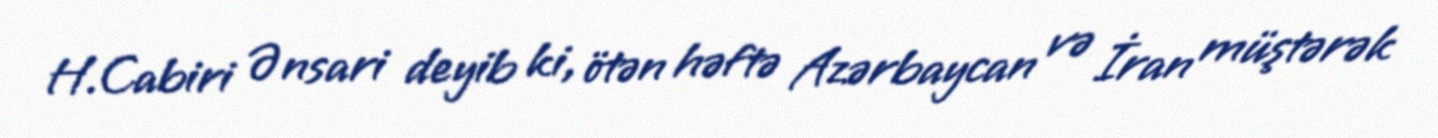
H.Cabiri Ənsari deyib ki, ötən həftə Azərbaycan və İran müştərək